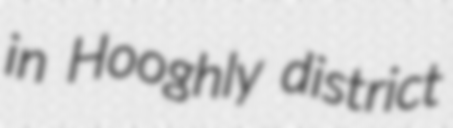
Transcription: in Hooghly district